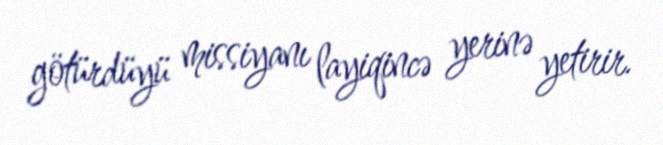
götürdüyü missiyanı layiqincə yerinə yetirir.